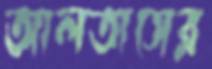
আলতাসের